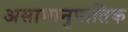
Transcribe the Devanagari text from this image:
असामानुपातिक